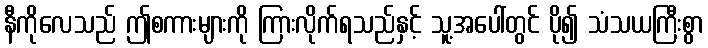
နီကိုလေသည် ဤစကားများကို ကြားလိုက်ရသည်နှင့် သူ့အပေါ်တွင် ပို၍ သံသယကြီးစွာ